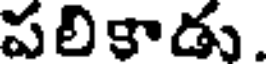
పలికాడు.